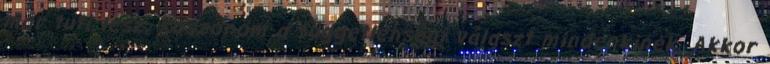
már tuti lesz, Köszönöm a függetlenségi választ mindenkinek. Akkor